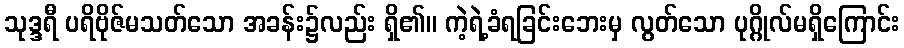
သုဒ္ဒရီ ပရိဗိုဇ်မသတ်သော အခန်း၌လည်း ရှိ၏။ ကဲ့ရဲ့ခံရခြင်းဘေးမှ လွတ်သော ပုဂ္ဂိုလ်မရှိကြောင်း